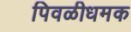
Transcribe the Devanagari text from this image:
पिवळीधमक